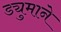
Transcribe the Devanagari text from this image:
ड्युमाने